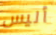
أليس